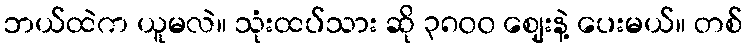
ဘယ်ထဲက ယူမလဲ။ သုံးထပ်သား ဆို ၃၈၀၀ ဈေးနဲ့ ပေးမယ်။ တစ်